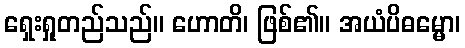
ရှေးရှုတည်သည်။ ဟောတိ၊ ဖြစ်၏။ အယံပိဓမ္မော၊